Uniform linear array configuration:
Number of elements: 16
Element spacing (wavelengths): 0.25
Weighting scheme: binomial
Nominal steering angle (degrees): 30
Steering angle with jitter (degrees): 28.943
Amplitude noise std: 0.05
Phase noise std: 0.05

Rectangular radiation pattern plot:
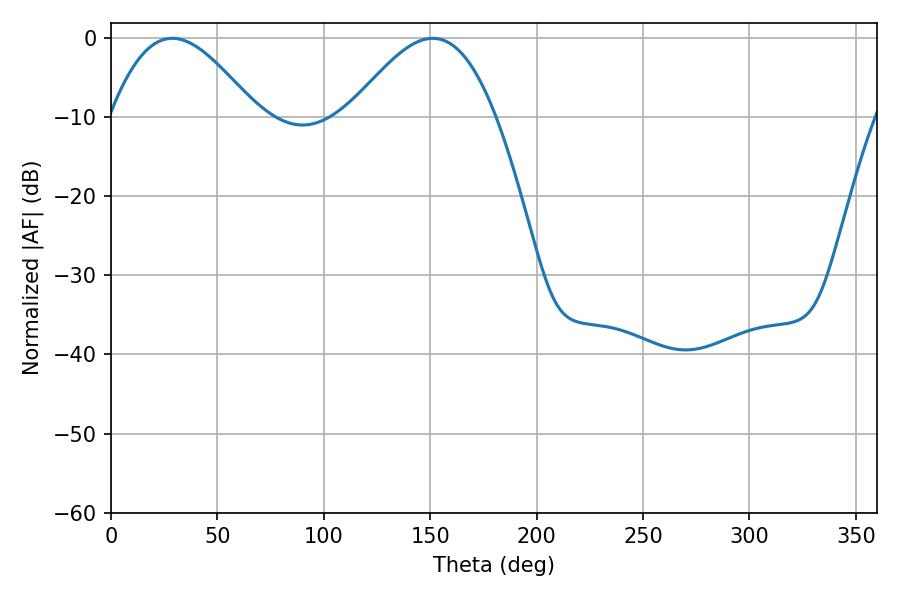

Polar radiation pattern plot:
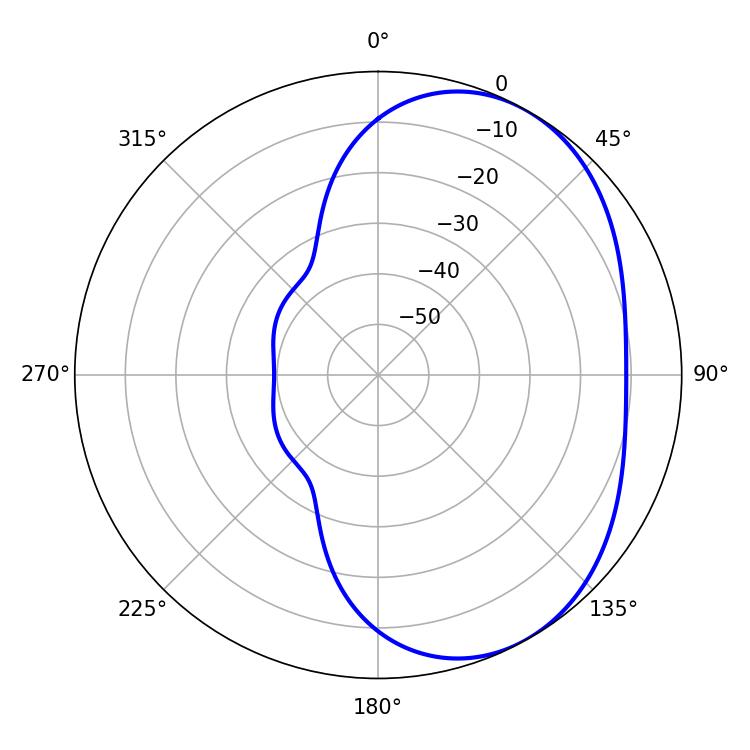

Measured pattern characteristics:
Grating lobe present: FALSE
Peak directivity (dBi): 4.147
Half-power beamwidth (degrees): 36.9
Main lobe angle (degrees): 28.8